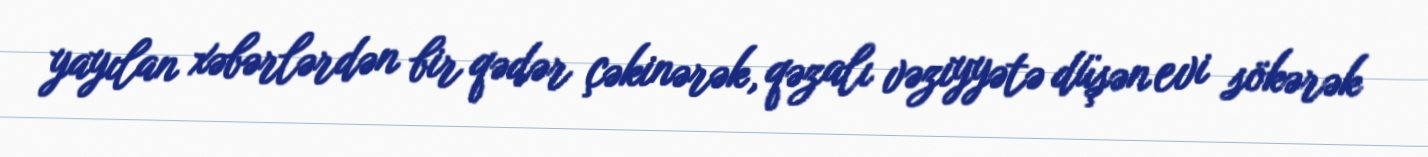
yayılan xəbərlərdən bir qədər çəkinərək, qəzalı vəziyyətə düşən evi sökərək